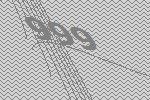
999